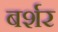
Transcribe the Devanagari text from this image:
बर्शर